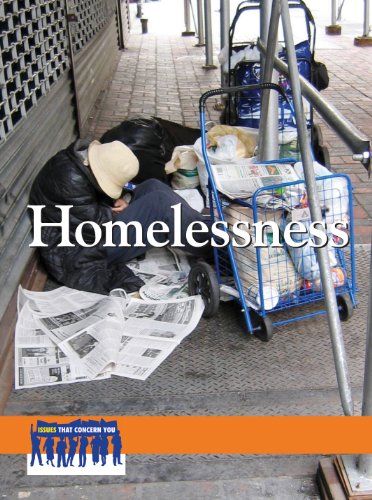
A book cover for Homelessness (Issues That Concern You); Arthur Gillard; Teen & Young Adult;